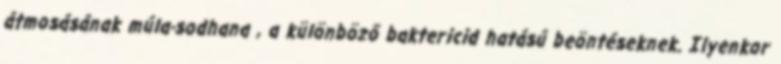
átmosásának múla-sodhana , a különböző baktericid hatású beöntéseknek. Ilyenkor